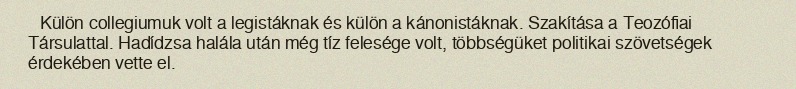
Külön collegiumuk volt a legistáknak és külön a kánonistáknak. Szakítása a Teozófiai Társulattal. Hadídzsa halála után még tíz felesége volt, többségüket politikai szövetségek érdekében vette el.